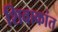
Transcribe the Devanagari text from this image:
शिवाकांत